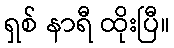
ရှစ် နာရီ ထိုးပြီ။